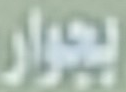
بجوار